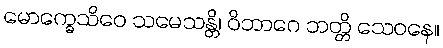
မောက္ခေသိဝေ သမေသန္တိ၊ ဝိဘာဂေ ဘတ္တိ သေဝနေ။